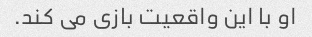
او با این واقعیت بازی می کند.